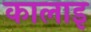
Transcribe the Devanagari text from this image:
कालाइ